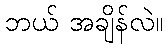
ဘယ် အချိန်လဲ။